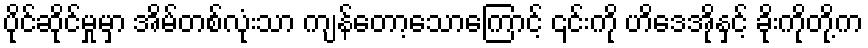
ပိုင်ဆိုင်မှုမှာ အိမ်တစ်လုံးသာ ကျန်တော့သောကြောင့် ၎င်းကို ဟိဒေအိုနှင့် ခိုးကိုတို့က